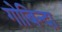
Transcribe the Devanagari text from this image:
गोबिन्दा